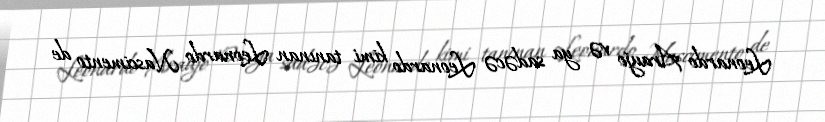
Leonardo Araujo və ya sadəcə Leonardo kimi tanınan Leonardo Nascimento de